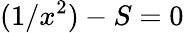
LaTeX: (1/x^{2})-S=0